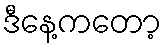
ဒီနေ့ကတော့